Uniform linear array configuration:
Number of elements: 64
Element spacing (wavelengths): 1
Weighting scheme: cosine
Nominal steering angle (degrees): -30
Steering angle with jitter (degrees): -28.572
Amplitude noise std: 0.05
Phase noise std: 0.05

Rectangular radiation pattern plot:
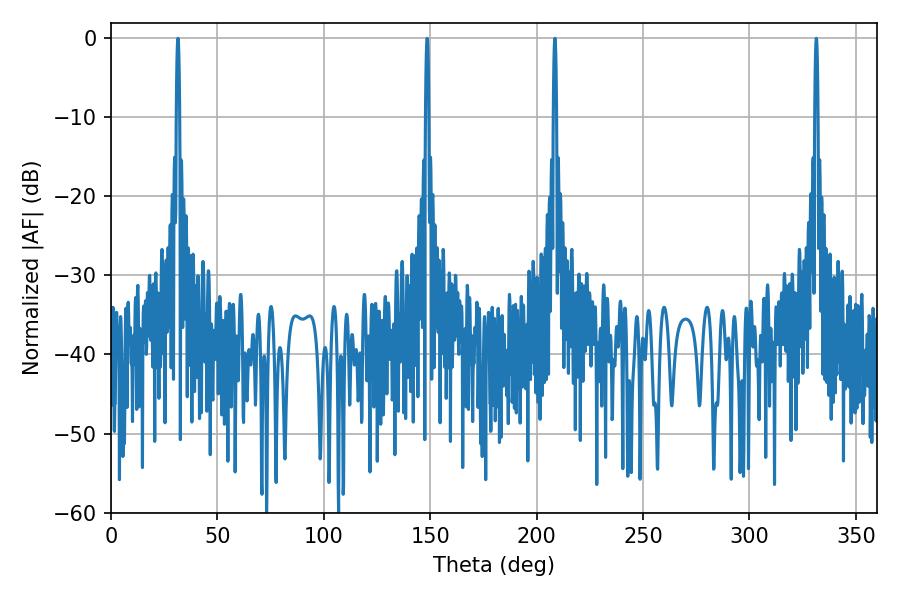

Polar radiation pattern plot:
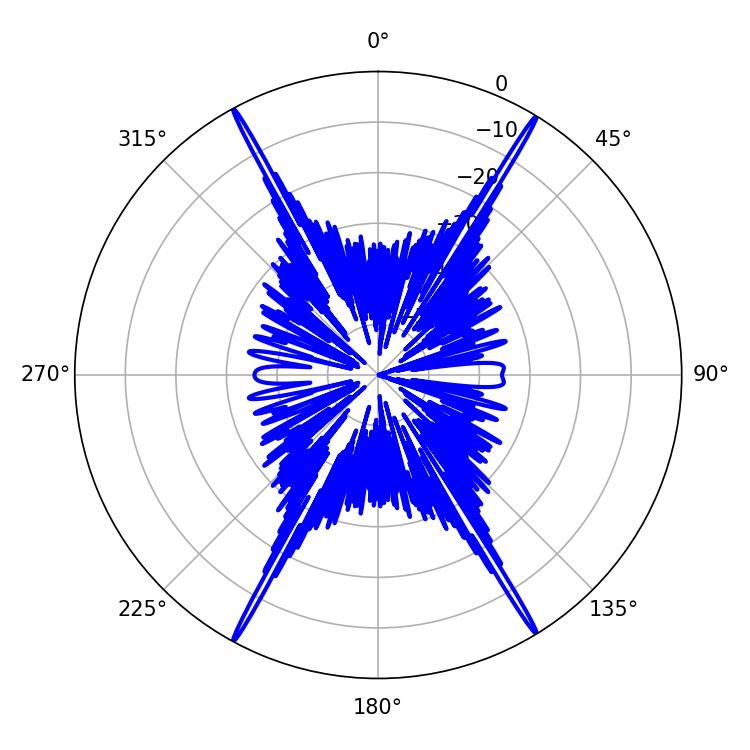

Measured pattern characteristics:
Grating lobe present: TRUE
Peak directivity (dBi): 29.796
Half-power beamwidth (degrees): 0.72
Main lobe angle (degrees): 208.62